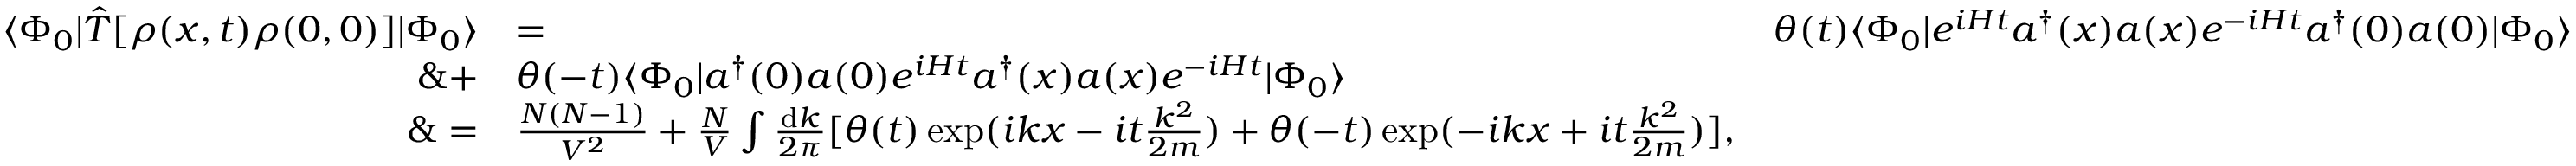
\begin{array} { r l r } { \langle \Phi _ { 0 } \vert \hat { T } [ \rho ( x , t ) \rho ( 0 , 0 ) ] \vert \Phi _ { 0 } \rangle } & { = } & { \theta ( t ) \langle \Phi _ { 0 } \vert e ^ { i H t } a ^ { \dagger } ( x ) a ( x ) e ^ { - i H t } a ^ { \dagger } ( 0 ) a ( 0 ) \vert \Phi _ { 0 } \rangle } \\ { \& + } & { \theta ( - t ) \langle \Phi _ { 0 } \vert a ^ { \dagger } ( 0 ) a ( 0 ) e ^ { i H t } a ^ { \dagger } ( x ) a ( x ) e ^ { - i H t } \vert \Phi _ { 0 } \rangle } \\ { \& = } & { \frac { N ( N - 1 ) } { V ^ { 2 } } + \frac { N } { V } \int \frac { \mathrm { d } k } { 2 \pi } [ \theta ( t ) \exp ( i k x - i t \frac { k ^ { 2 } } { 2 m } ) + \theta ( - t ) \exp ( - i k x + i t \frac { k ^ { 2 } } { 2 m } ) ] , } \end{array}